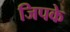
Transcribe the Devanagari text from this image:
जिपके